Indian journal of veterinary science and animal husbandry - Volume 7,
Year: 1937
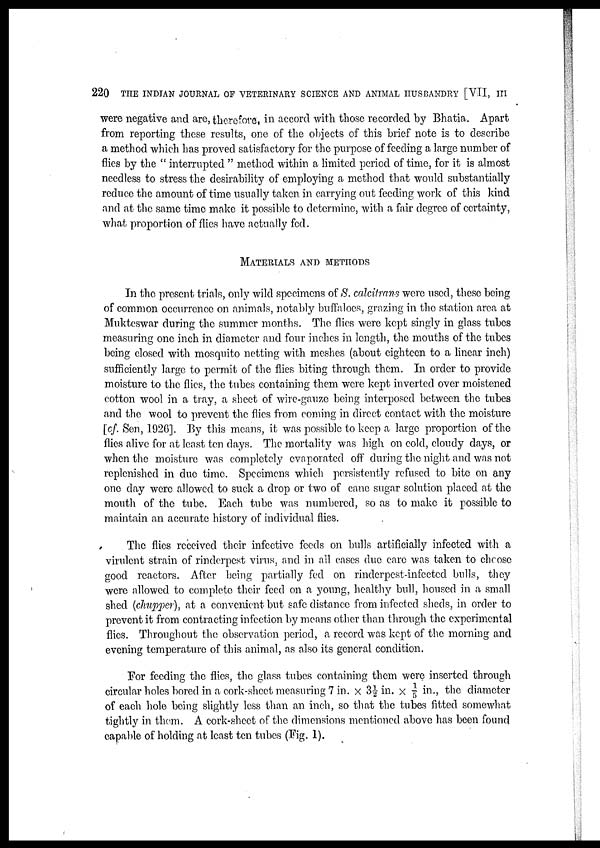
220 THE INDIAN JOURNAL OF VETERINARY SCIENCE AND ANIMAL HUSBANDRY [VII, III
were negative and are, therefore, in accord with those recorded by Bhatia. Apart
from reporting these results, one of the objects of this brief note is to describe
a method which has proved satisfactory for the purpose of feeding a large number of
flies by the " interrupted " method within a limited period of time, for it is almost
needless to stress the desirability of employing a method that would substantially
reduce the amount of time usually taken in carrying out feeding work of this kind
and at the same time make it possible to determine, with a fair degree of certainty,
what proportion of flies have actually fed.
MATERIALS AND METHODS
In the present trials, only wild specimens of S. calcitrans were used, these being
of common occurrence on animals, notably buffaloes, grazing in the station area at
Mukteswar during the summer months. The flies were kept singly in glass tubes
measuring one inch in diameter and four inches in length, the mouths of the tubes
being closed with mosquito netting with meshes (about eighteen to a linear inch)
sufficiently large to permit of the flies biting through them. In order to provide
moisture to the flies, the tubes containing them were kept inverted over moistened
cotton wool in a tray, a sheet of wire-gauze being interposed between the tubes
and the wool to prevent the flies from coming in direct contact with the moisture
[cf. Sen, 1926]. By this means, it was possible to keep a large proportion of the
flies alive for at least ten days. The mortality was high on cold, cloudy days, or
when the moisture was completely evaporated off during the night and was not
replenished in due time. Specimens which persistently refused to bite on any
one day were allowed to suck a drop or two of cane sugar solution placed at the
mouth of the tube. Each tube was numbered, so as to make it possible to
maintain an accurate history of individual flies.
The flies received their infective feeds on bulls artificially infected with a
virulent strain of rinderpest virus, and in all cases due care was taken to choose
good reactors. After being partially fed on rinderpest-infected bulls, they
were allowed to complete their feed on a young, healthy bull, housed in a small
shed (chupper), at a convenient but safe distance from infected sheds, in order to
prevent it from contracting infection by means other than through the experimental
flies. Throughout the observation period, a record was kept of the morning and
evening temperature of this animal, as also its general condition.
For feeding the flies, the glass tubes containing them were inserted through
circular holes bored in a cork-sheet measuring 7 in. × 3½ in. × 1/5 in., the diameter
of each hole being slightly less than an inch, so that the tubes fitted somewhat
tightly in them. A cork-sheet of the dimensions mentioned above has been found
capable of holding at least ten tubes (Fig. 1).